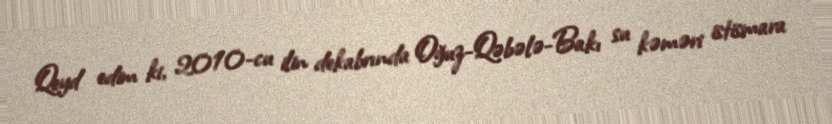
Qeyd edim ki, 2010-cu ilin dekabrında Oğuz-Qəbələ-Bakı su kəməri istismara